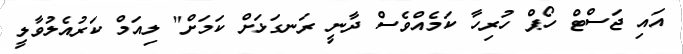
އައި ޖަސްޓް ހޯޕް ހުރިހާ ކަމެއްވެސް ދާނީ ރަނގަޅަށް ކަމަށް" ލިއަމް ކަރުއެލުވާލީ